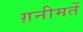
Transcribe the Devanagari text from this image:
ग़नीमतें